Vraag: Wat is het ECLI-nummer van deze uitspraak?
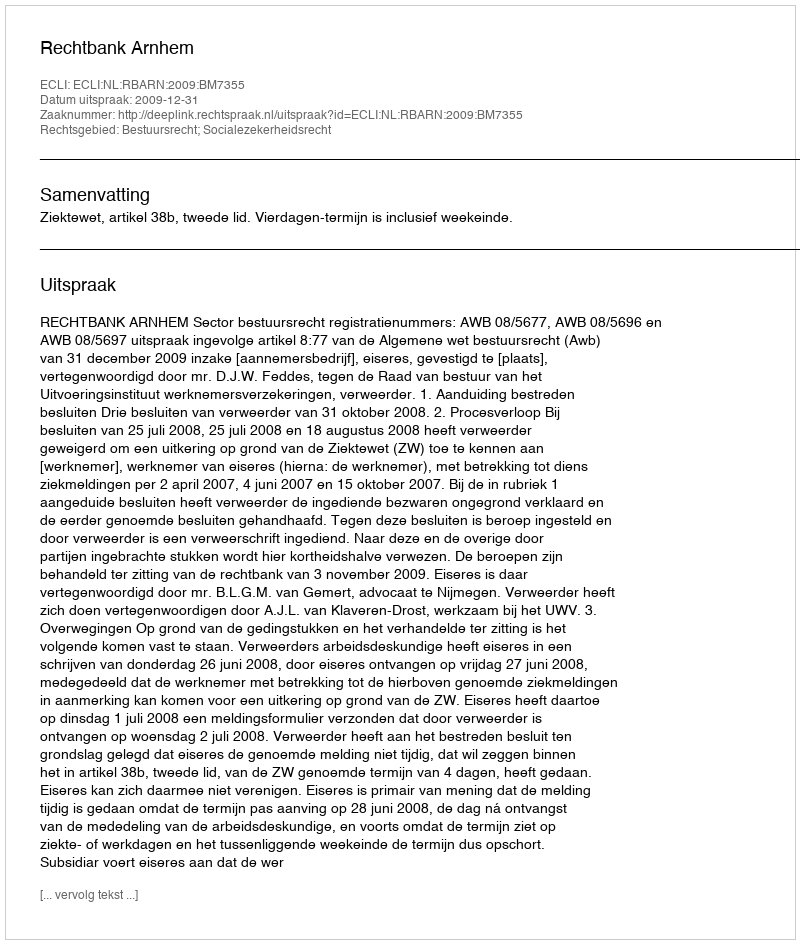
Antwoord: ECLI:NL:RBARN:2009:BM7355